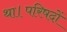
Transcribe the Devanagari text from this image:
था।परिषदों